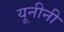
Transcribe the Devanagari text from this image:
यूनीनी